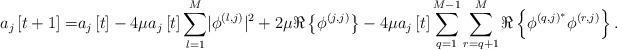
LaTeX: \begin{align*} a_j\left[t+1\right]=&a_j\left[t\right]-4\mu a_j\left[t\right]\sum_{l=1}^{M}\lvert\phi^{\left(l,j\right)}\rvert^2+2\mu\Re\left\{\phi^{\left(j,j\right)}\right\}-4\mu a_j\left[t\right]\sum_{q=1}^{M-1}\sum_{r=q+1}^{M}\Re\left\{\phi^{\left(q,j\right)^*}\phi^{\left(r,j\right)}\right\}.\end{align*}